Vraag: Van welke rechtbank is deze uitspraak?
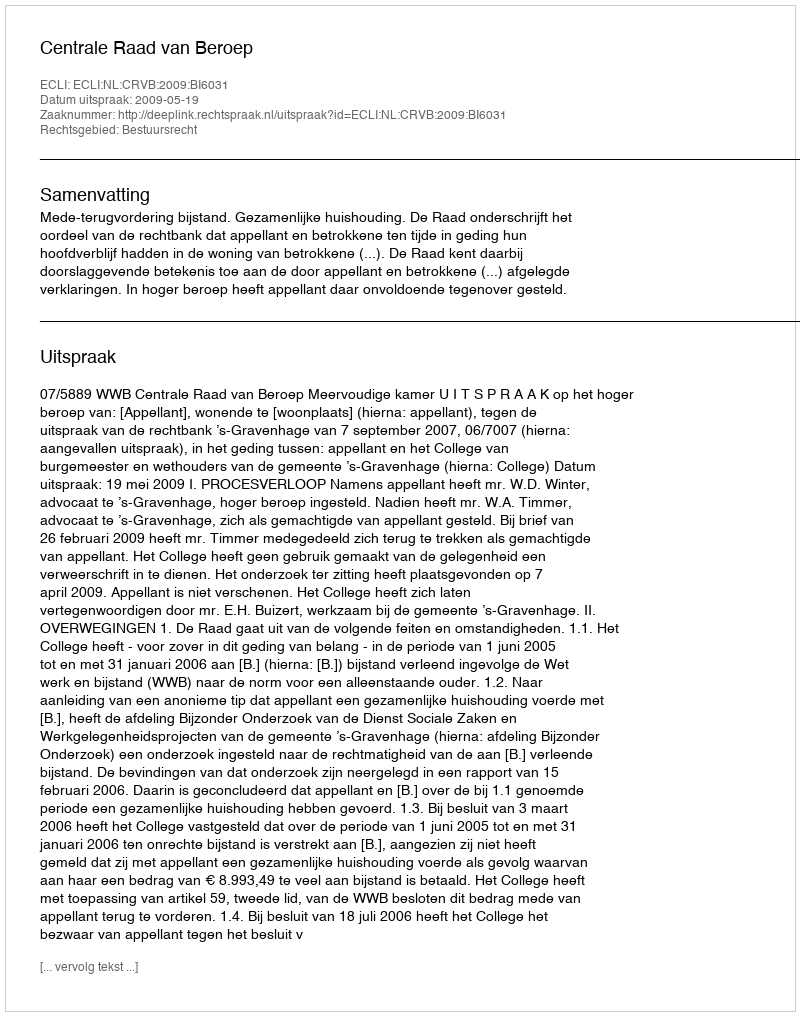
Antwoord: Centrale Raad van Beroep